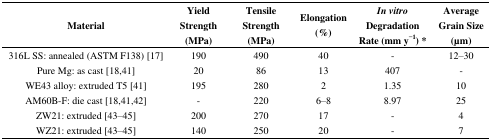
<table><thead><tr><td><b>Material</b></td><td><b>Yield Strength (MPa)</b></td><td><b>Tensile Strength (MPa)</b></td><td><b>Elongation (%)</b></td><td><b><i>In vitro</i> Degradation Rate (mm y<sup>−1</sup>) *</b></td><td><b>Average Grain Size (μm)</b></td></tr></thead><tbody><tr><td>316L SS: annealed (ASTM F138) [17]</td><td>190</td><td>490</td><td>40</td><td>-</td><td>12–30</td></tr><tr><td>Pure Mg: as cast [18,41]</td><td>20</td><td>86</td><td>13</td><td>407</td><td>-</td></tr><tr><td>WE43 alloy: extruded T5 [41]</td><td>195</td><td>280</td><td>2</td><td>1.35</td><td>10</td></tr><tr><td>AM60B-F: die cast [18,41,42]</td><td>-</td><td>220</td><td>6–8</td><td>8.97</td><td>25</td></tr><tr><td>ZW21: extruded [43–45]</td><td>200</td><td>270</td><td>17</td><td>-</td><td>4</td></tr><tr><td>WZ21: extruded [43–45]</td><td>140</td><td>250</td><td>20</td><td>-</td><td>7</td></tr></tbody></table>